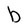
Character: b